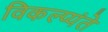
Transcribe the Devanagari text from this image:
विकल्प्यंते